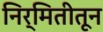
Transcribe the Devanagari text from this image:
निर्मितीतून